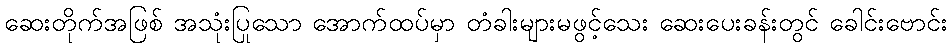
ဆေးတိုက်အဖြစ် အသုံးပြုသော အောက်ထပ်မှာ တံခါးများမဖွင့်သေး ဆေးပေးခန်းတွင် ခေါင်းဗောင်း